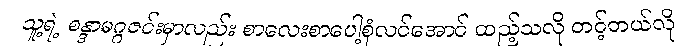
သူ့ရဲ့ စန္ဒာမဂ္ဂဇင်းမှာလည်း စာလေးစာပေါ့စုံလင်အောင် ထည့်သလို တင့်တယ်လို